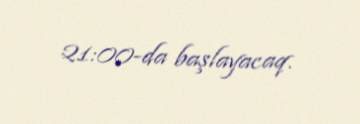
21:00-da başlayacaq.